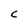
Character: C